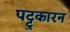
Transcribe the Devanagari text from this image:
पट्टुकारन